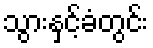
သွားနှင့်ခံတွင်း